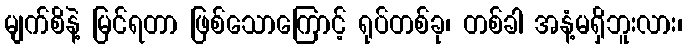
မျက်စိနဲ့ မြင်ရတာ ဖြစ်သောကြောင့် ရုပ်တစ်ခု၊ တစ်ခါ အနံ့မရှိဘူးလား၊